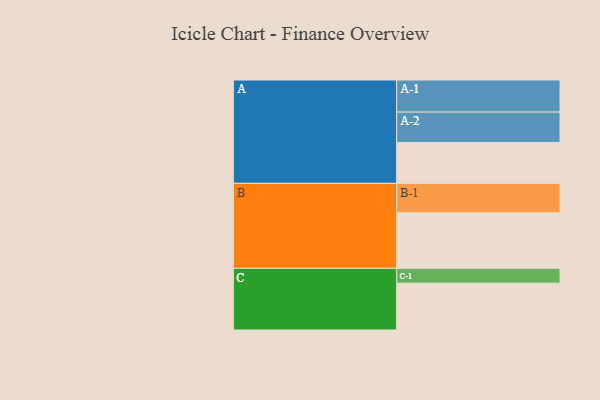
{"axis": {"x": "Segment", "y": "Value"}, "legend": ["", "A", "B", "C"], "data": [{"x": "A", "y": 380, "type": ""}, {"x": "B", "y": 515, "type": ""}, {"x": "C", "y": 435, "type": ""}, {"x": "A-1", "y": 298, "type": "A"}, {"x": "A-2", "y": 282, "type": "A"}, {"x": "B-1", "y": 274, "type": "B"}, {"x": "C-1", "y": 138, "type": "C"}]}